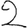
Digit: 2